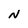
Character: N